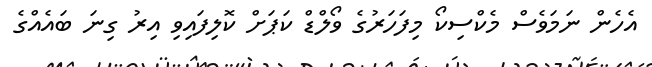
އެހެން ނަމަވެސް މެކްސިކޯ މިފަހަރުގެ ވޯލްޑް ކަޕަށް ކޮލިފައިވި އިރު ގިނަ ބައެއްގެ